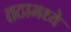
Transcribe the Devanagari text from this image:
तटामध्ये